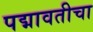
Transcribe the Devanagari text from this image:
पद्मावतीचा